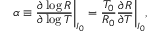
\alpha \equiv \frac { \partial \log R } { \partial \log T } \bigg | _ { I _ { 0 } } = \frac { T _ { 0 } } { R _ { 0 } } \frac { \partial R } { \partial T } \bigg | _ { I _ { 0 } } ,